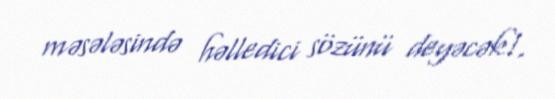
məsələsində həlledici sözünü deyəcək!.